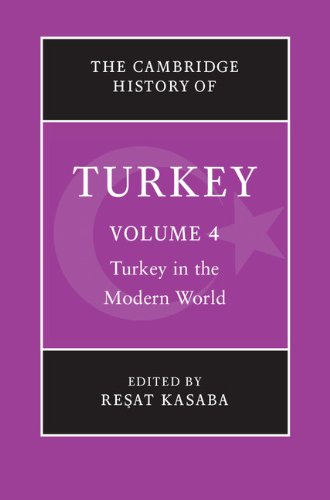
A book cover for The Cambridge History of Turkey (Volume 4); History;